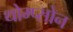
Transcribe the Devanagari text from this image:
थोम्प्सोन